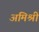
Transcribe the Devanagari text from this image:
अमिश्री